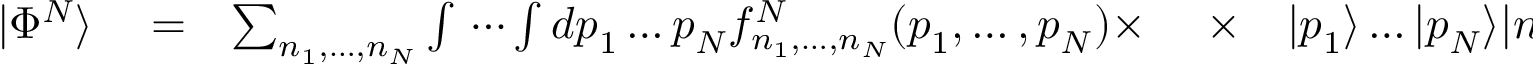
\begin{array} { r l r l r } { | \Phi ^ { N } \rangle } & { { } = } & { \sum _ { n _ { 1 } , \dots , n _ { N } } \int \, \cdots \int d \boldsymbol { p } _ { 1 } \dots \boldsymbol { p } _ { N } f _ { n _ { 1 } , \dots , n _ { N } } ^ { N } ( \boldsymbol { p } _ { 1 } , \dots , \boldsymbol { p } _ { N } ) \times \ } & { { } \times } & { | \boldsymbol { p } _ { 1 } \rangle \dots | \boldsymbol { p } _ { N } \rangle | n _ { 1 } \rangle \dots | n _ { N } \rangle \, , } \end{array}